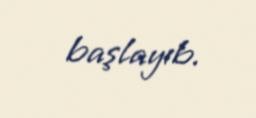
başlayıb.